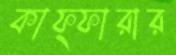
কাফ্ফারার